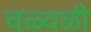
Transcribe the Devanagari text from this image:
चळ्वळी